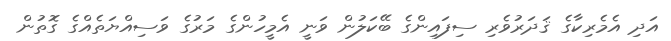
އަދި އެމެރިކާގެ ޤަދަރުވެރި ސިފައިންގެ ބޭކަލުން ވަނީ އެމީހުންގެ މަރުގެ ވަސިއްޔަތެއްގެ ގޮތުން